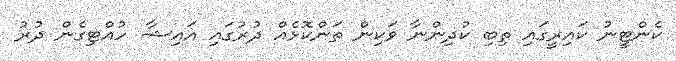
ކެންޓީނު ކައިރީގައި ތިބި ކުދިންނާ ވަކިން ތަންކޮޅެއް ދުރުގައި އައިޝާ ހުއްޓިގެން ދުރު